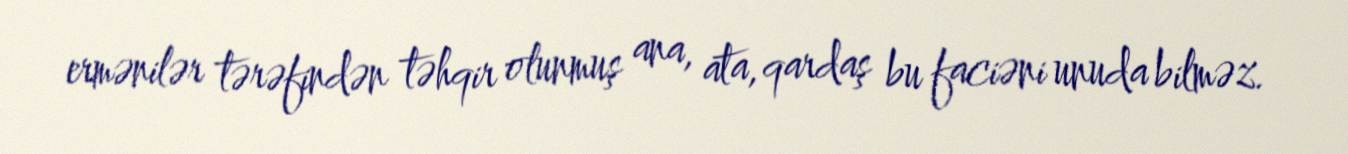
ermənilər tərəfindən təhqir olunmuş ana, ata, qardaş bu faciəni unuda bilməz.